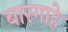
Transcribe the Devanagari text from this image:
बारगाहे